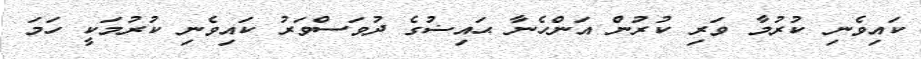
ކައިވެނި ކުރުމާ ވަރި ކުރުން އަންހެނާ ޙައިޟުގެ ދުވަސްވަރު ކައިވެނި ކުރުމަކީ ހަމަ